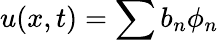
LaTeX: u(x,t)=\sum b_{n}\phi_{n}